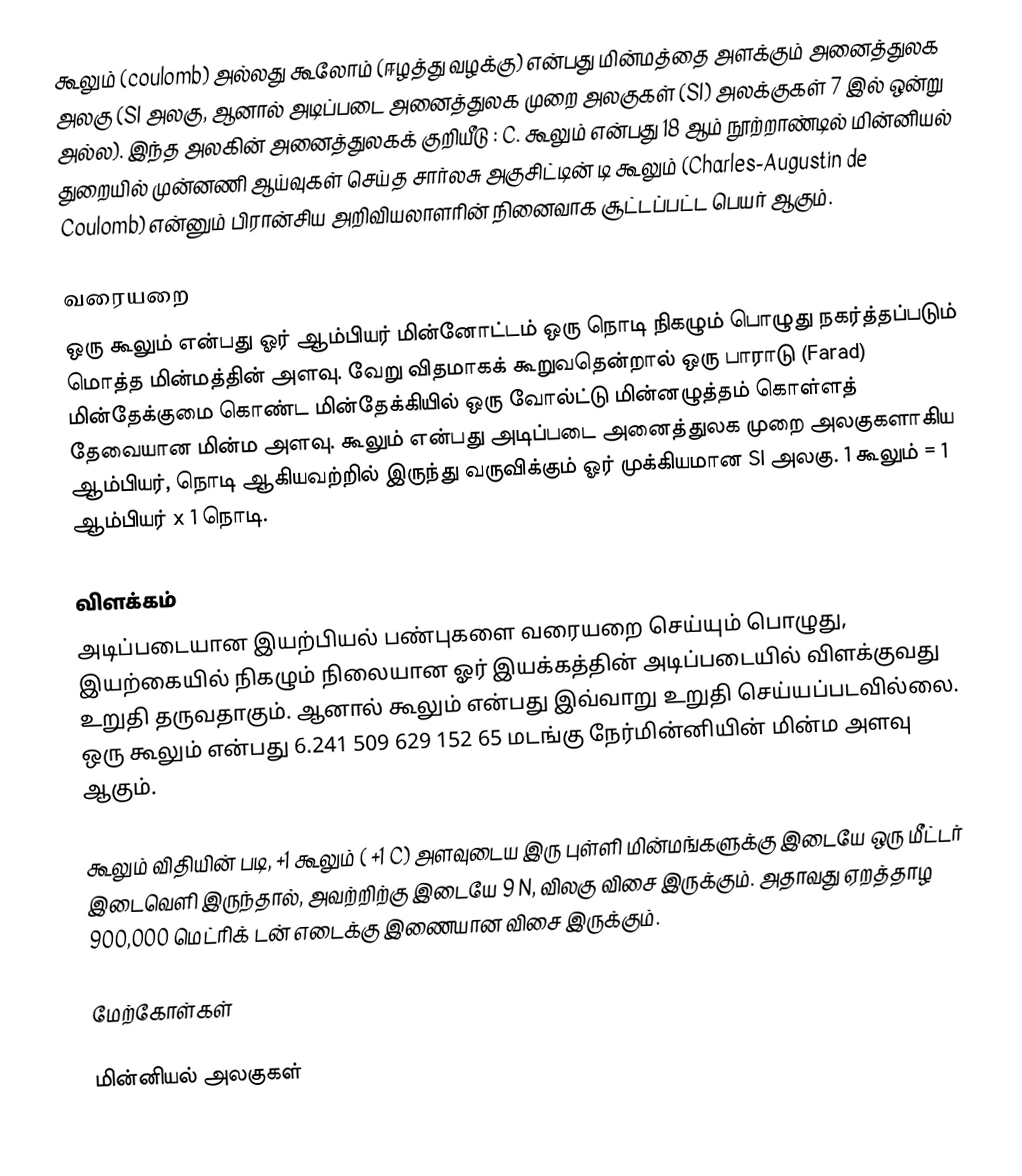
கூலும் (coulomb) அல்லது கூலோம் (ஈழத்து வழக்கு) என்பது மின்மத்தை அளக்கும் அனைத்துலக அலகு (SI அலகு, ஆனால் அடிப்படை அனைத்துலக முறை அலகுகள் (SI) அலக்குகள் 7 இல் ஒன்று அல்ல). இந்த அலகின் அனைத்துலகக் குறியீடு : C. கூலும் என்பது 18 ஆம் நூற்றாண்டில் மின்னியல் துறையில் முன்னணி ஆய்வுகள் செய்த சார்லசு அகுசிட்டின் டி கூலும் (Charles-Augustin de Coulomb) என்னும் பிரான்சிய அறிவியலாளரின் நினைவாக சூட்டப்பட்ட பெயர் ஆகும்.

வரையறை
ஒரு கூலும் என்பது ஓர் ஆம்பியர் மின்னோட்டம் ஒரு நொடி நிகழும் பொழுது நகர்த்தப்படும் மொத்த மின்மத்தின் அளவு. வேறு விதமாகக் கூறுவதென்றால் ஒரு பாராடு (Farad) மின்தேக்குமை கொண்ட மின்தேக்கியில் ஒரு வோல்ட்டு மின்னழுத்தம் கொள்ளத் தேவையான மின்ம அளவு. கூலும் என்பது அடிப்படை அனைத்துலக முறை அலகுகளாகிய ஆம்பியர், நொடி ஆகியவற்றில் இருந்து வருவிக்கும் ஓர் முக்கியமான SI அலகு. 1 கூலும் = 1 ஆம்பியர் x 1 நொடி.

விளக்கம்
அடிப்படையான இயற்பியல் பண்புகளை வரையறை செய்யும் பொழுது, இயற்கையில் நிகழும் நிலையான ஓர் இயக்கத்தின் அடிப்படையில் விளக்குவது உறுதி தருவதாகும். ஆனால் கூலும் என்பது இவ்வாறு உறுதி செய்யப்படவில்லை. ஒரு கூலும் என்பது 6.241 509 629 152 65 மடங்கு நேர்மின்னியின் மின்ம அளவு ஆகும்.

கூலும் விதியின் படி,   +1 கூலும் ( +1 C) அளவுடைய இரு புள்ளி மின்மங்களுக்கு இடையே ஒரு மீட்டர் இடைவெளி இருந்தால், அவற்றிற்கு இடையே 9 N, விலகு விசை இருக்கும். அதாவது ஏறத்தாழ 900,000 மெட்ரிக் டன் எடைக்கு இணையான விசை இருக்கும்.

மேற்கோள்கள்

மின்னியல் அலகுகள்